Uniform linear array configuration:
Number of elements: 8
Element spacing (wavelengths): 0.75
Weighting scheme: kaiser
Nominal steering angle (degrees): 45
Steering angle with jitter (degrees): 45.443
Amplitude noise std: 0.05
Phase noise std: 0.05

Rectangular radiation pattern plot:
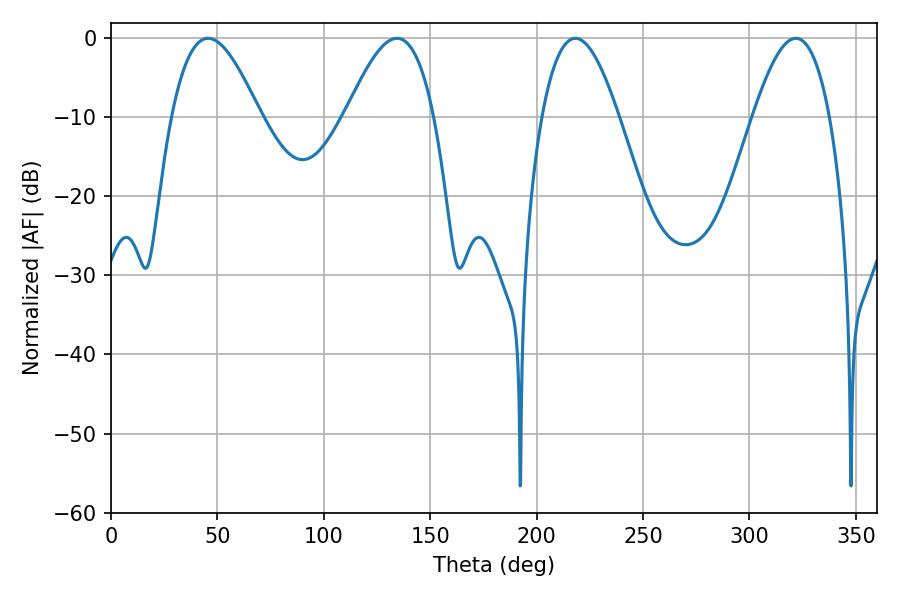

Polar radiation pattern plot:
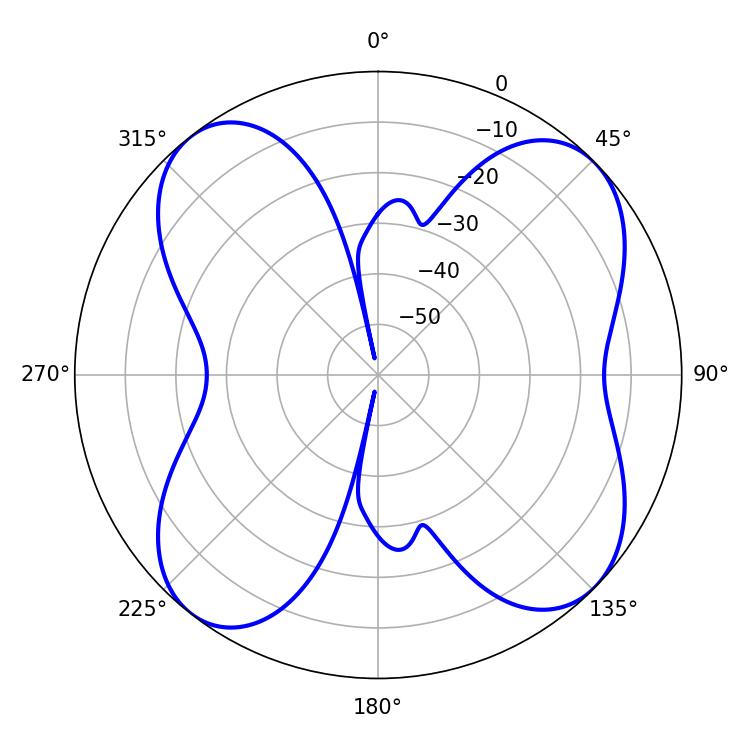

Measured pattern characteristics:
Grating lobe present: TRUE
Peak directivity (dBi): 10.735
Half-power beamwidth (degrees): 19.62
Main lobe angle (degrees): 218.16